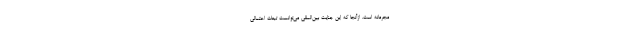
مجرمانه است. ازآنجا که این جنایت بین‌المللی می‌توانست تبعات احتمالی